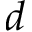
d